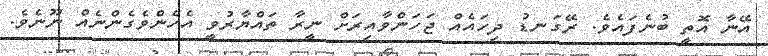
އޭނާ އޮތީ ބުނެފައެވެ. ރޭގަނޑު ދިހައެއް ޖަހަންވާއިރަށް ނީރާ ތައްޔާރުވީ އެހެންވެގެންނެއް ނޫނެވެ.